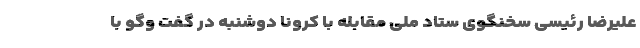
علیرضا رئیسی سخنگوی ستاد ملی مقابله با کرونا دوشنبه در گفت وگو با